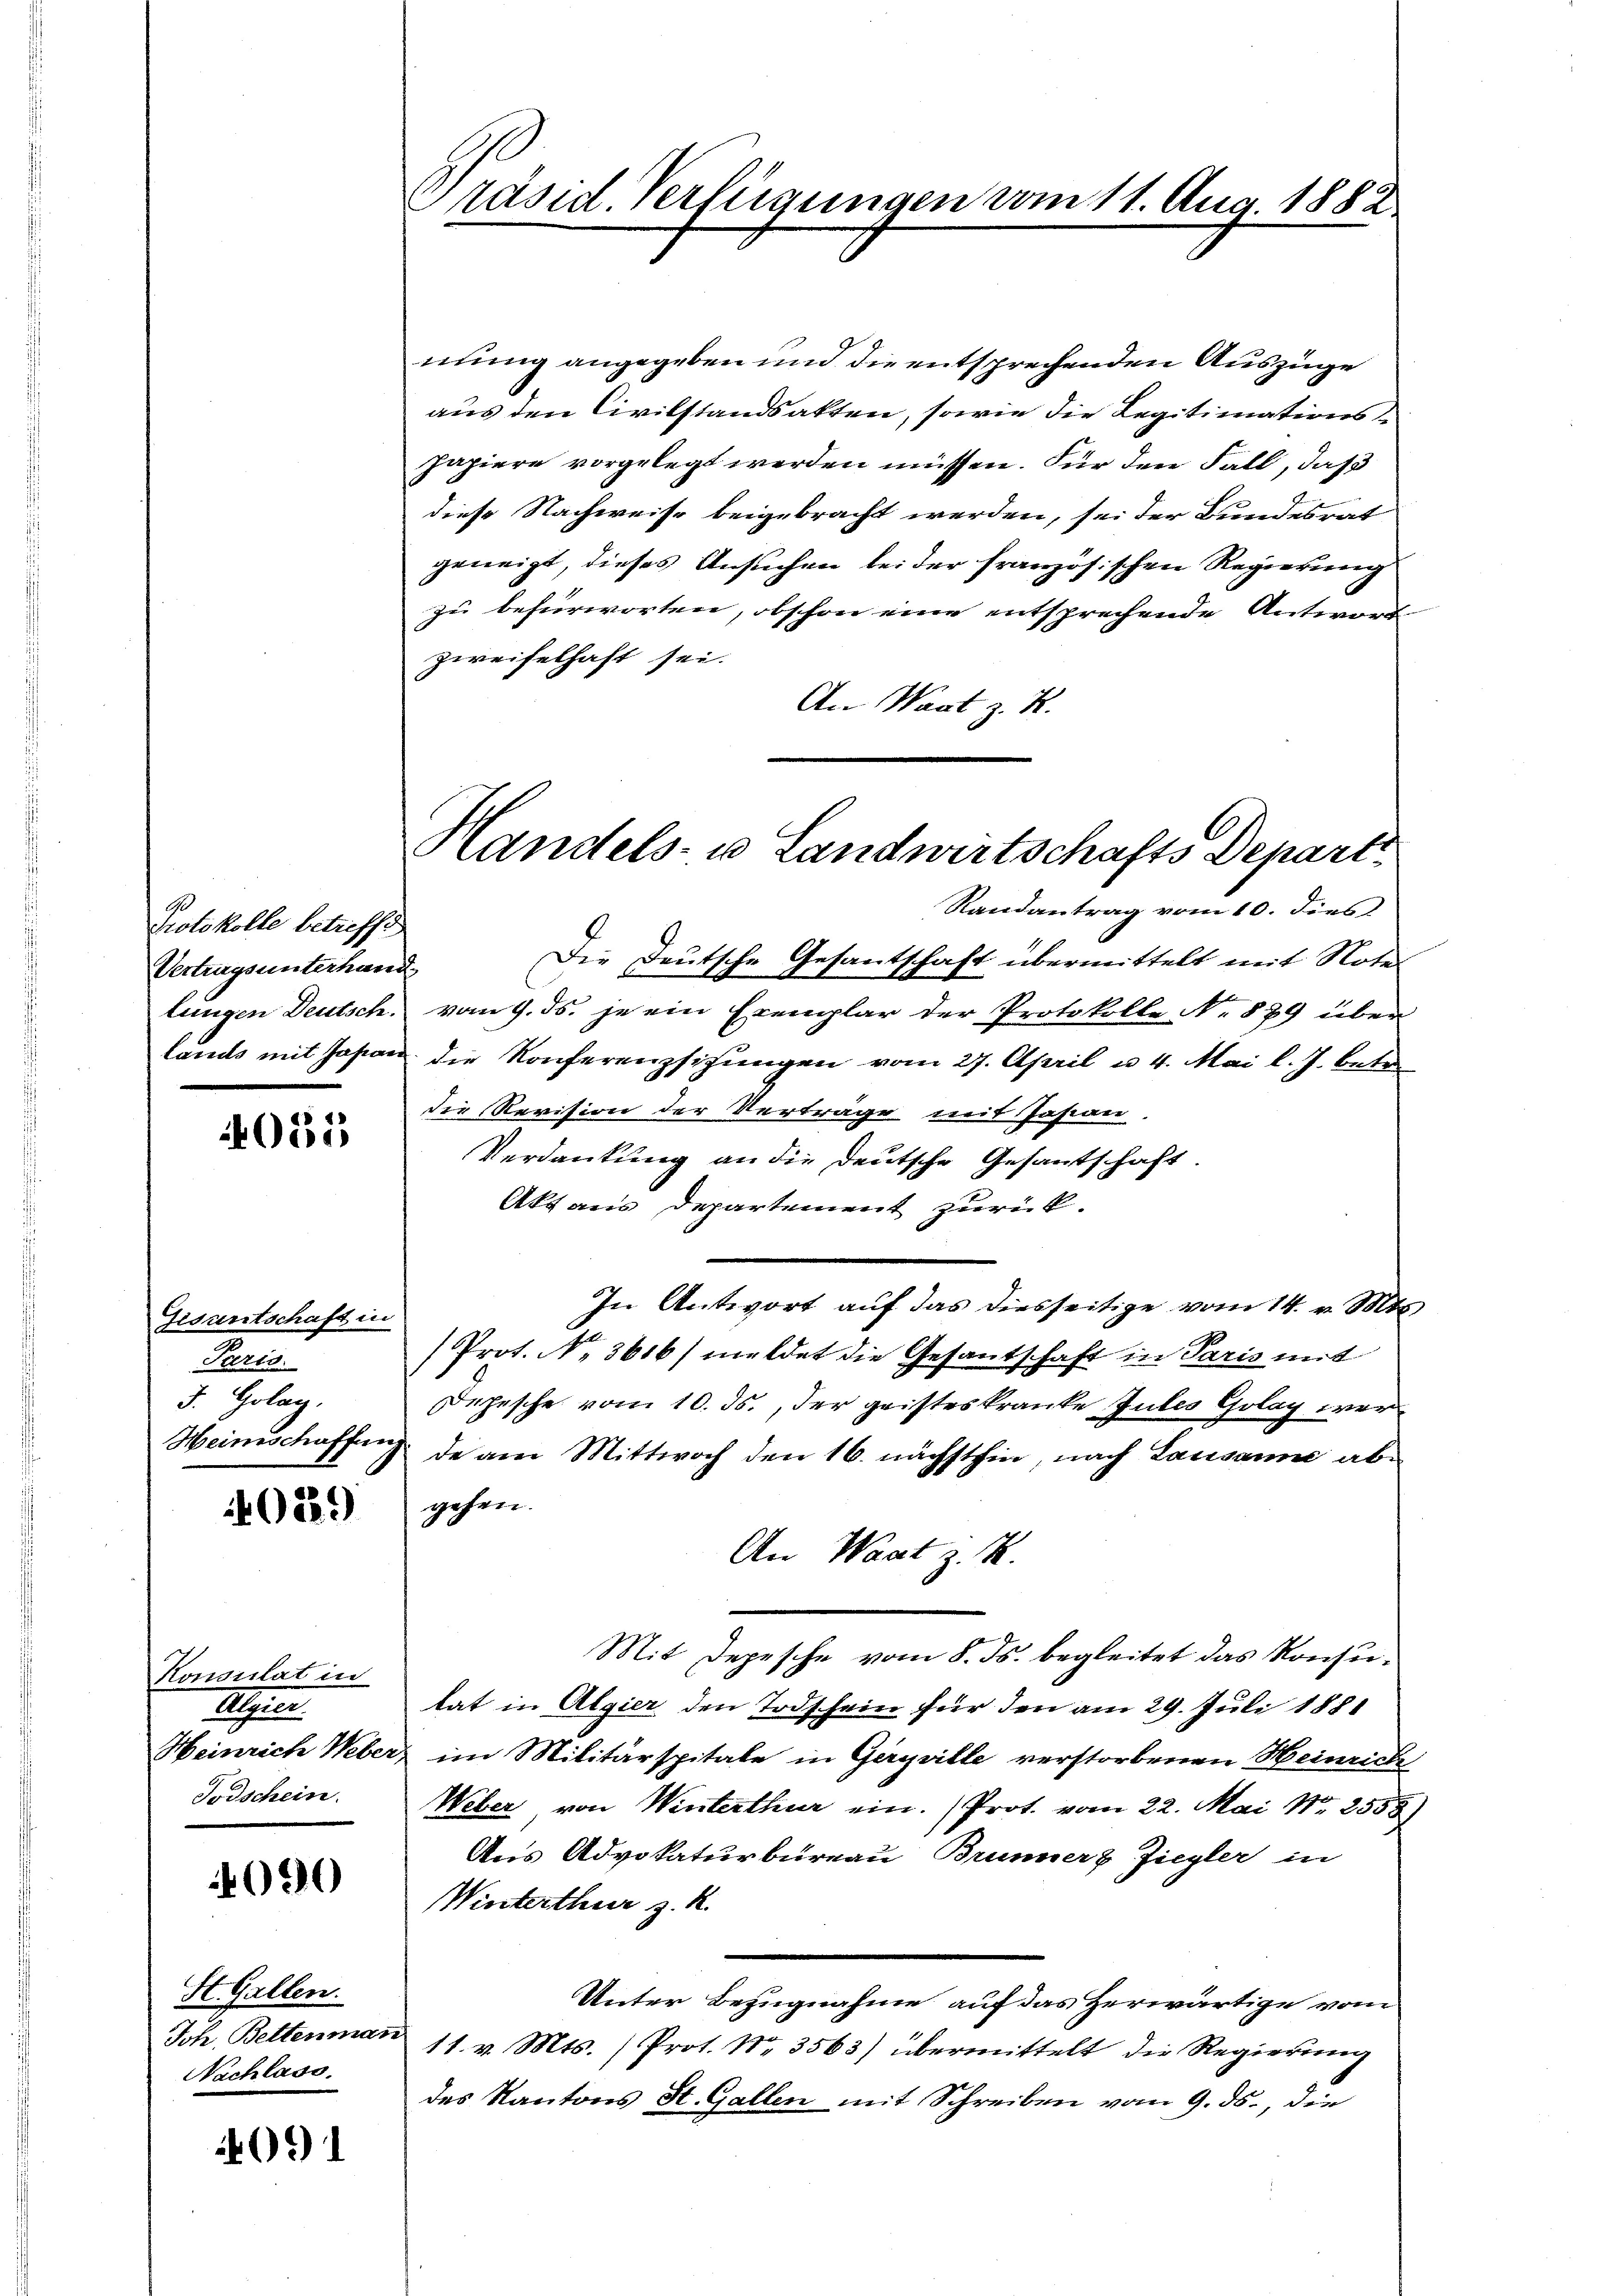
Protokolle betreffe
Vertragsunterhand
lungen Deutsch.

4051

Gisantschaft in
Paris.
5. Holay.
Heinschaffung

40239)

Konsulat in
h
Todschein.

4090

St. Gallen.
Joh. Bettenmar
Nachlass,

091

Präsid. Verfügungen vom 11. Aug. 1882

Handels- u Landwirtschafts Depart
Randantrag vom 10. dies

mung angegeben und die entsprechenden Auszüge
aus den Civilstandsakten, sowie die Legitimationspapiere vorgelegt werden müssen. Für den Fall, daß
diese Nachweise beigebracht werden, sei der Bundesrat
geneigt, dieses Ansuchen bei der französischen Regierung
zu befürworten, obschon eine entsprechende Antwort
zweifelhaft sei.
An Wart z. R.
Die Deutsche Gesantschaft übermittelt mit Note
vom 9. ds. je ein Exemplar der Protokolle No 879 über
lands mit Japan die Konferenzsizungen vom 27. April u. 4. Mai l. J. betr.
die Revision der Verträge mit Josian.
Verdankung an die deutsche Gesantschaft.
Akt aus Departement zurück.
In Antwort auf das diesseitige vom 14. v. Mts.
Prot. No. 3616) meldet die Gesantschaft in Paris mit
Depesche vom 10. ds., der geisteskranke Zules Golay werde am Mittwoch den 16. nächsthin, nach Lausanne ab-
gehen.
An Waat z. B.
Mit Depesche vom 8. ds. begleitet das Konsutat in Algier den Todschein für den am 29. Juli 1881
Heinrich Weber im Militärspitale in Geryville verstorbenen Heinrich
Weber, von Winterthur ein. (Prot. vom 22. Mai N. 2558
Aus Advokaturbüreau, Brunner & Ziegler in
Winterthur z. R.
Unter Bezugnahme auf das Herwärtige vom
11. v. Mts. (Prot. Nr. 3563) übermittelt die Regierung
des Kantons St. Gallen mit Schreiben vom 9. ds., die